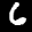
Label: 6